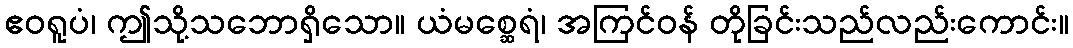
ဧဝရူပံ၊ ဤသို့သဘောရှိသော။ ယံမစ္ဆေရံ၊ အကြင်ဝန် တိုခြင်းသည်လည်းကောင်း။